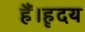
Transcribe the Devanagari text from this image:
हैं।हृदय